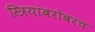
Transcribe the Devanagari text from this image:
स्त्रियांबरोबरच